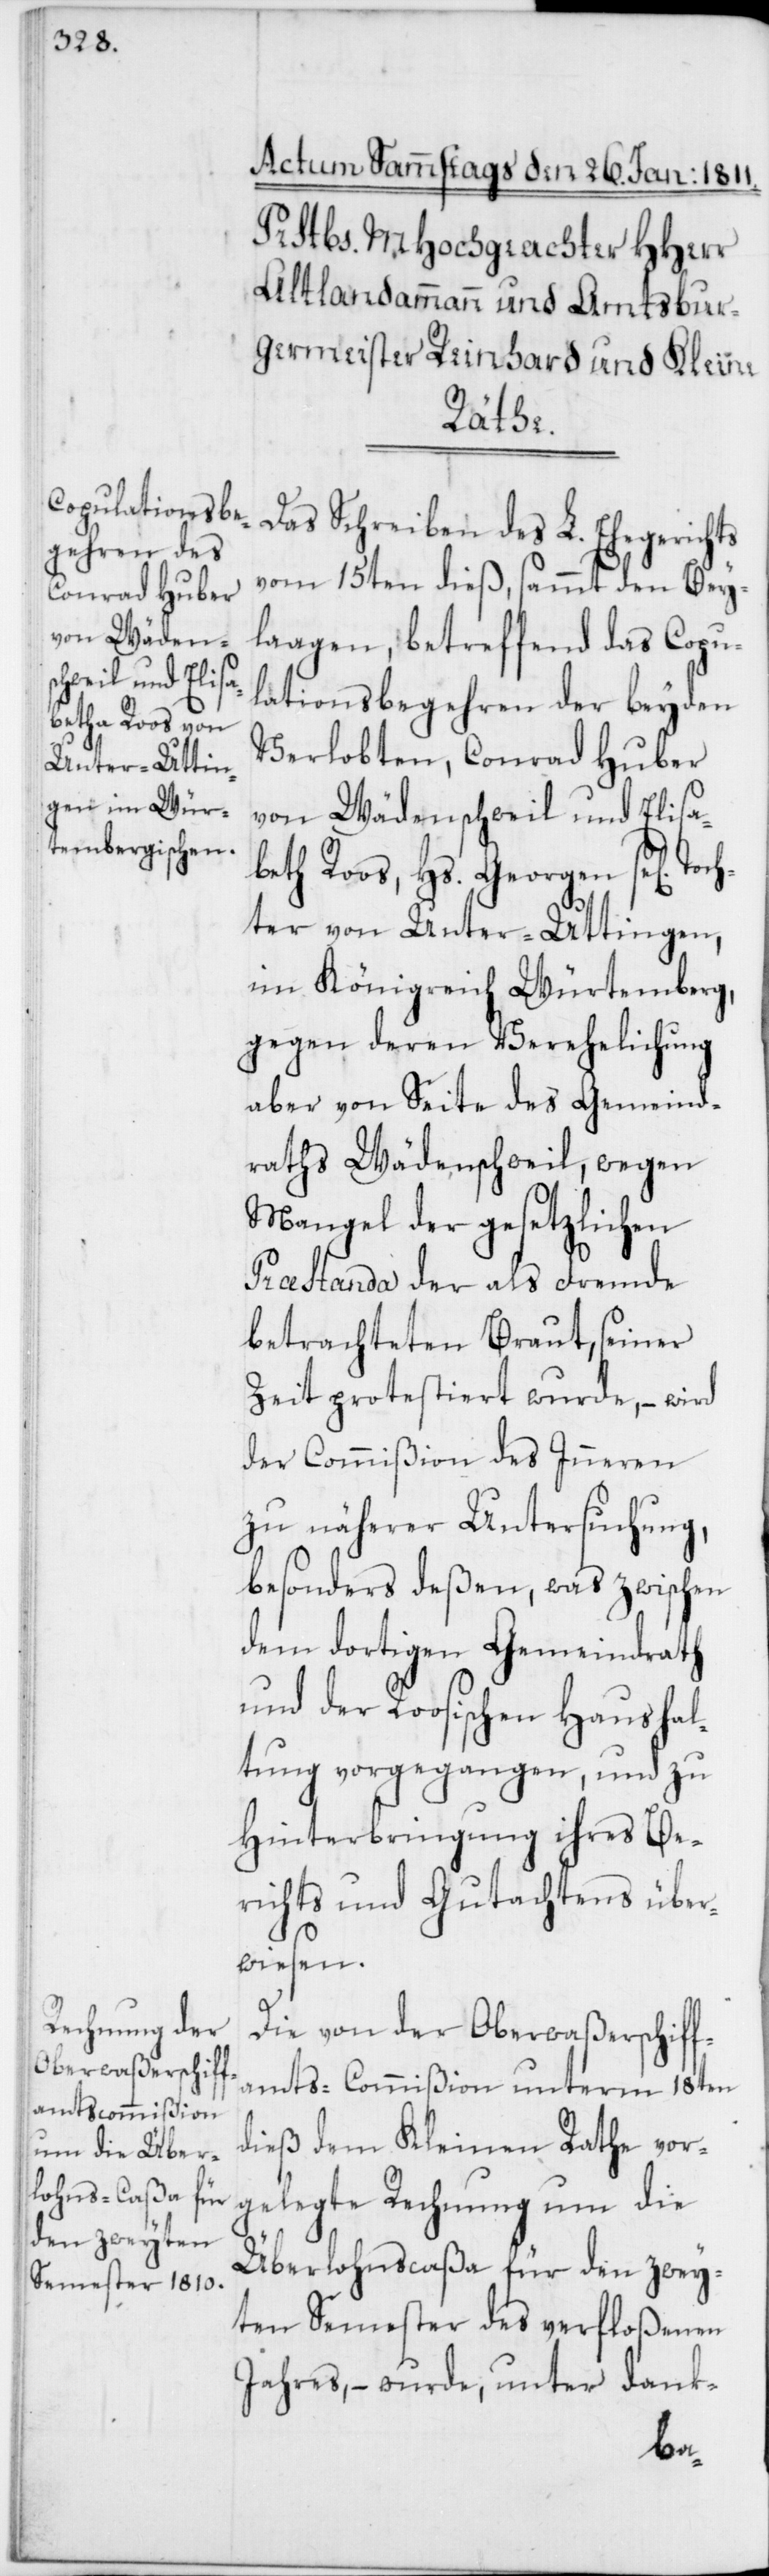
Toch¬
Das Schreiben des L. Ehegerichts
vom 15ten dieß, sammt den Bey¬
laagen, betreffend das Copu¬
lationsbegehren der beyden
Verlobten, Conrad Huber
von Wädenschweil und Elisa¬
betha Roos, Hs. Georgen se[lig]
ter von Unter-Uttingen,
im Königreich Würtemberg,
gegen deren Verehelichung
aber von Seite des Gemeind¬
raths Wädenschweil, wegen
Mangel der gesetzlichen
Praestanda der als Fremde
betrachteten Braut, seiner
Zeit protestiert wurde, – wird
der Commißion des Inneren
zu näherer Untersuchung,
besonders deßen, was zwischen
dem dortigen Gemeindrath
und der Roosischen Haushal¬
tung vorgegangen, und zu
Hinterbringung ihres Be¬
richts und Gutachtens über¬
wiesen.
Die von der Oberwaßerschiff¬
amts-Commißion unterm 18ten
dieß dem Kleinen Rathe vor¬
gelegte Rechnung um die
Überlohnscaßa für den zwey¬
ten Semester des verfloßenen
Jahres, – wurde, unter dank-